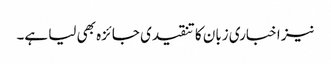
نیز اخباری زبان کا تنقیدی جائزہ بھی لیا ہے۔